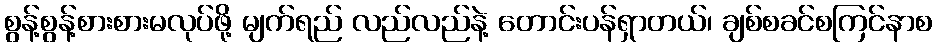
စွန့်စွန့်စားစားမလုပ်ဖို့ မျက်ရည် လည်လည်နဲ့ တောင်းပန်ရှာတယ်၊ ချစ်စခင်စကြင်နာစ